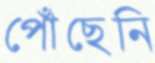
পোঁছেনি